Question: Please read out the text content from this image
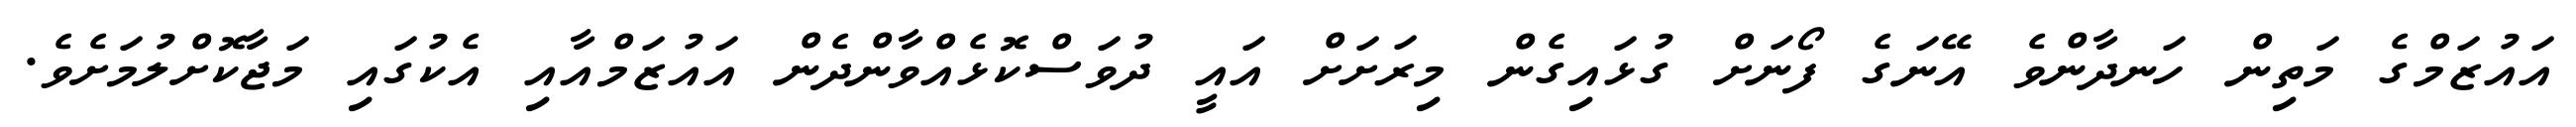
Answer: އައުޒަމްގެ މަތިން ހަނދާންވެ އޭނަގެ ފޯނަށް ގުޅައިގެން މިރަށަށް އައީ ދުވަސްކޮޅެއްވާންދެން އައުޒަމްއާއި އެކުގައި މަޖާކޮށްލުމަށެވެ.